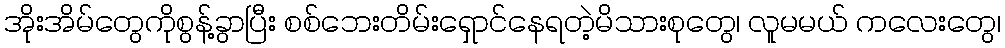
အိုးအိမ်တွေကိုစွန့်ခွာပြီး စစ်ဘေးတိမ်းရှောင်နေရတဲ့မိသားစုတွေ၊ လူမမယ် ကလေးတွေ၊